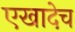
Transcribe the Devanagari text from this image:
एखादेच